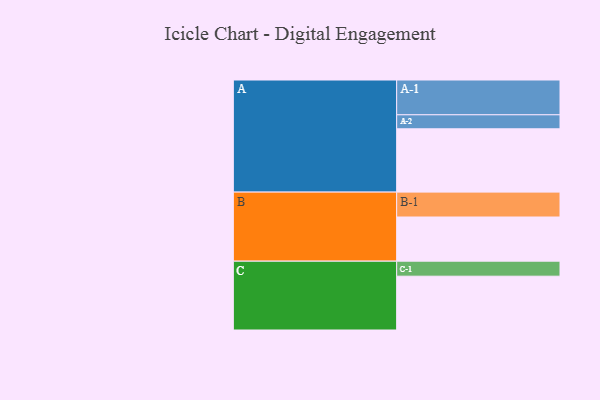
{"axis": {"x": "Segment", "y": "Value"}, "legend": ["", "A", "B", "C"], "data": [{"x": "A", "y": 506, "type": ""}, {"x": "B", "y": 353, "type": ""}, {"x": "C", "y": 430, "type": ""}, {"x": "A-1", "y": 278, "type": "A"}, {"x": "A-2", "y": 112, "type": "A"}, {"x": "B-1", "y": 199, "type": "B"}, {"x": "C-1", "y": 120, "type": "C"}]}